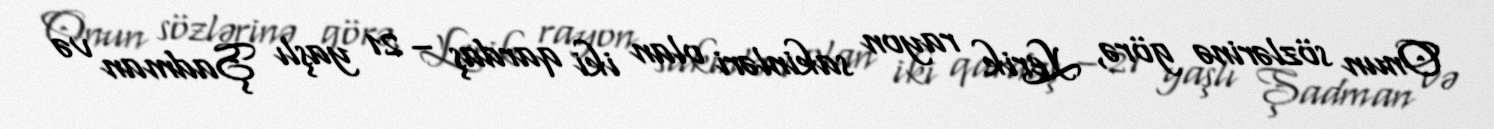
Onun sözlərinə görə, Lerik rayon sakinləri olan iki qardaş – 21 yaşlı Şadman və